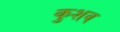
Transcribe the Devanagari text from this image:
कुशव